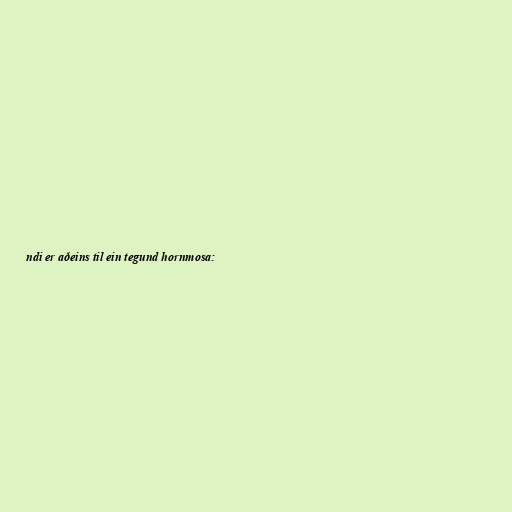
ndi er aðeins til ein tegund hornmosa: